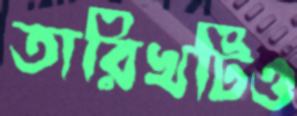
তারিখটিও